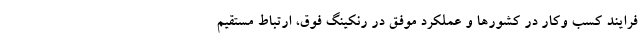
فرایند‌ کسب وکار در کشورها و عملکرد موفق در رنکینگ فوق، ارتباط مستقیم